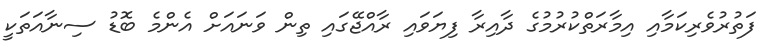
ފަތުރުވެރިކަމާއި އިމާރަތްކުރުމުގެ ދާއިރާ ފިޔަވައި ރާއްޖޭގައި ތިން ވަނައަށް އެންމެ ބޮޑު ސިނާއަތަކީ